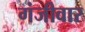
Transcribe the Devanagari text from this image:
गंजीवार